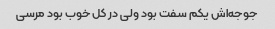
جوجه‌اش یکم سفت بود ولی در کل خوب بود مرسی